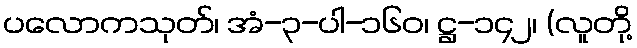
ပလောကသုတ်၊ အံ-၃-ပါ-၁၆၀၊ ဋ္ဌ-၁၄၂၊ (လူတို့